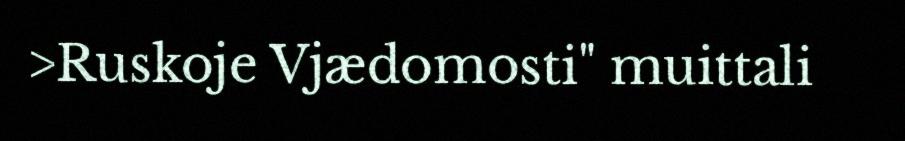
>Ruskoje Vjædomosti" muittali